Civil Veterinary Dept. Bombay admin report 1907-1913 - 1907-1913
Year: 1907
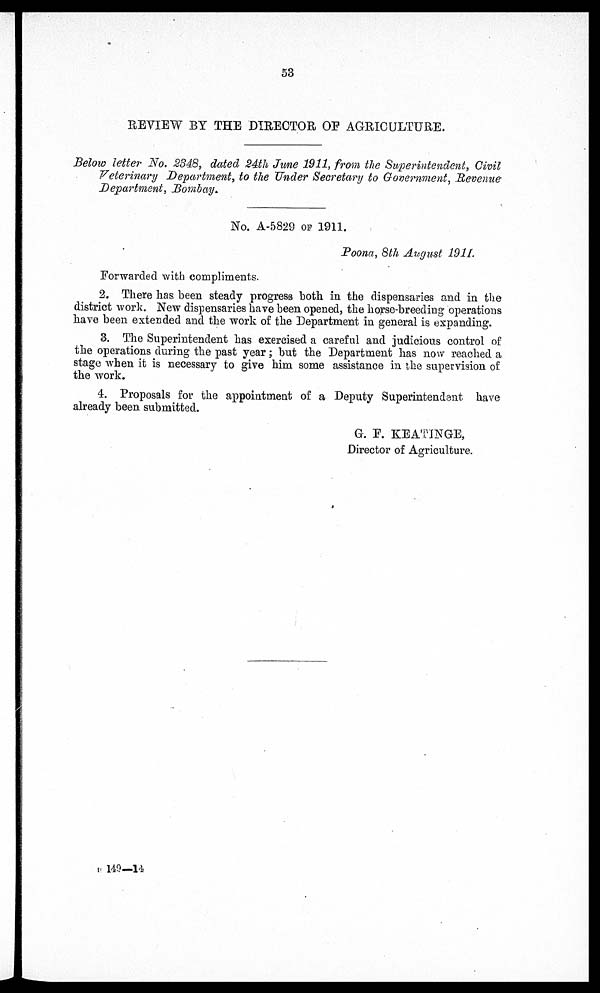
53
REVIEW BY THE DIRECTOR OF AGRICULTURE.
Below letter No. 2348, dated 24th June 1911, from the Superintendent, Civil
Veterinary Department, to the Tinder Secretary to Government, Revenue
Department, Bombay.
No. A-5829 OF 1911.
Poona, 8th August 1911.
Forwarded with compliments.
2. There has been steady progress both in the dispensaries and in the
district work. New dispensaries have been opened, the horse-breeding operations
have been extended and the work of the Department in general is expanding.
3. The Superintendent has exercised a careful and judicious control of
the operations during the past year; but the Department has now reached a
stage when it is necessary to give him some assistance in the supervision of
the work.
4. Proposals for the appointment of a Deputy Superintendent have
already been submitted.
G. P. KEATINGE,
Director of Agriculture.
B- 149—14